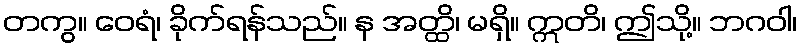
တကွ။ ဝေရံ၊ ခိုက်ရန်သည်။ န အတ္ထိ၊ မရှိ။ ဣတိ၊ ဤသို့။ ဘဂဝါ၊